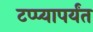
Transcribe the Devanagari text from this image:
टप्प्यापर्यंत